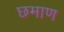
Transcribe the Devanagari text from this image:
छमाण